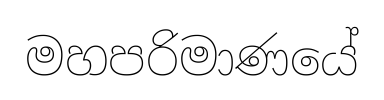
මහපරිමාණයේ